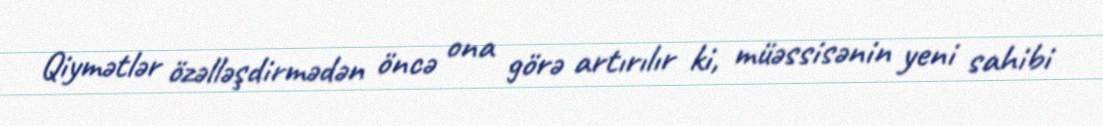
Qiymətlər özəlləşdirmədən öncə ona görə artırılır ki, müəssisənin yeni sahibi